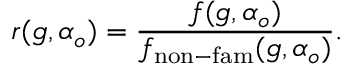
r ( g , \alpha _ { o } ) = \frac { f ( g , \alpha _ { o } ) } { f _ { \mathrm { n o n - f a m } } ( g , \alpha _ { o } ) } .